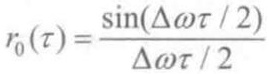
\[
r_{0}(\tau)=\frac{\sin(\Delta\omega\tau/2)}{\Delta\omega\tau/2}
\]